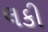
લકી